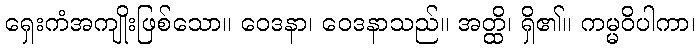
ရှေးကံအကျိုးဖြစ်သော။ ဝေဒနာ၊ ဝေဒနာသည်။ အတ္ထိ၊ ရှိ၏။ ကမ္မဝိပါကာ၊